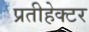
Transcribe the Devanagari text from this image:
प्रतीहेक्टर